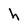
Character: h